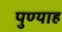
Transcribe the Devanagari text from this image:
पुण्याह